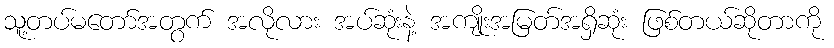
သူ့တပ်မတော်အတွက် အလိုလား အပ်ဆုံးနဲ့ အကျိုးအမြတ်အရှိဆုံး ဖြစ်တယ်ဆိုတာကို